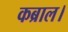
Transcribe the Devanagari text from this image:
कब्राल।